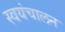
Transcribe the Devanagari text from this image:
स्वयंचालन